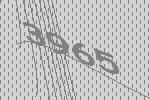
3965